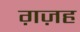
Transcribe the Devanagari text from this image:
ग़ज़ह